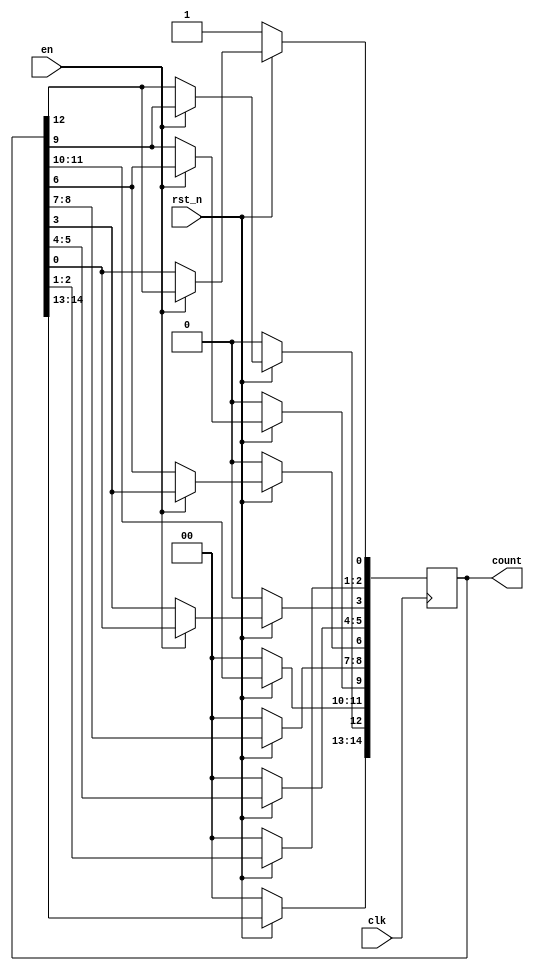
`timescale 1ns / 1ps
//////////////////////////////////////////////////////////////////////////////////
// Company: 
// Engineer: 
// 
// Design Name: 
// Module Name: RingCounterX3_1
// Project Name: 
// Target Devices: 
// Tool Versions: 
// Description: 
// 
// Dependencies: 
// 
// Revision:
// Revision 0.01 - File Created
// Additional Comments:
// 
//////////////////////////////////////////////////////////////////////////////////


module RingCounterX3_1(en, clk, rst_n, count);
    input en, clk, rst_n;
    output reg [14:0] count;
    
    always@(posedge clk) begin
        if(!rst_n) begin // reset 
            count <= 15'b000_0000_0000_0001; // count 
        end
        else begin // reset  
            if(en) begin // en = 1 
                count[3] <= count[0]; // RingCounter 
                count[6] <= count[3]; //  1  count[0]
                count[9] <= count[6]; // 1  3bit  
                count[12] <= count[9];
                count[0] <= count[12];  
            end
        end
    end
endmodule